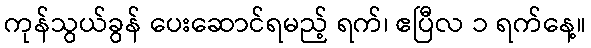
ကုန်သွယ်ခွန် ပေးဆောင်ရမည့် ရက်၊ ဧပြီလ ၁ ရက်နေ့။